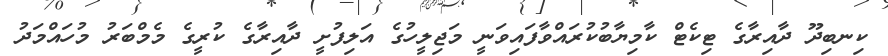
ކިނބިދޫ ދާއިރާގެ ޓިކެޓް ކާމިޔާބުކުރައްވާފައިވަނީ މަޖިލީހުގެ އަލިފުށީ ދާއިރާގެ ކުރީގެ މެމްބަރު މުހައްމަދު